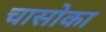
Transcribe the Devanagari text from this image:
चासोका